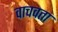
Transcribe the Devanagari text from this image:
वाचवता